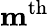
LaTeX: \mathbf{m}^{\mathrm{th}}